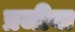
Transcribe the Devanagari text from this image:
प्रजीवा